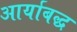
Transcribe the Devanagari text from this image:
आर्याबद्ध